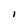
Character: I